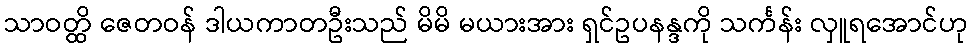
သာဝတ္ထိ ဇေတဝန် ဒါယကာတဦးသည် မိမိ မယားအား ရှင်ဥပနန္ဒကို သင်္ကန်း လှူရအောင်ဟု